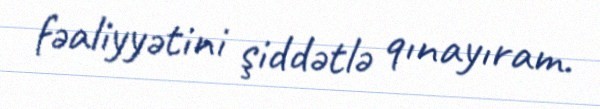
fəaliyyətini şiddətlə qınayıram.